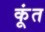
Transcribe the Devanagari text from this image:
कूंत